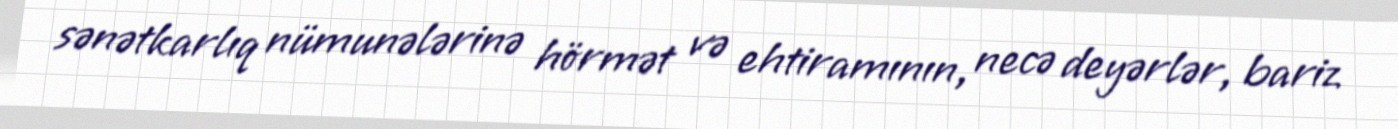
sənətkarlıq nümunələrinə hörmət və ehtiramının, necə deyərlər, bariz